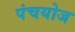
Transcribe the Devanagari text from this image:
पंचयोज